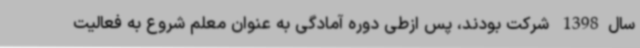
سال1398 شرکت بودند، پس ازطی دوره آمادگی به عنوان معلم شروع به فعالیت